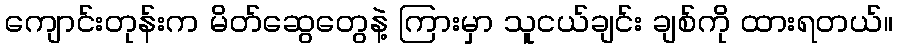
ကျောင်းတုန်းက မိတ်ဆွေတွေနဲ့ ကြားမှာ သူငယ်ချင်း ချစ်ကို ထားရတယ်။